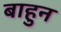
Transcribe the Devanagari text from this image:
बाहुन